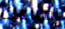
إقناعك